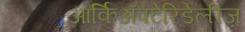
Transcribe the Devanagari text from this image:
आर्किॲपटेरिडेलीज़